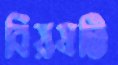
বিয়ষটি